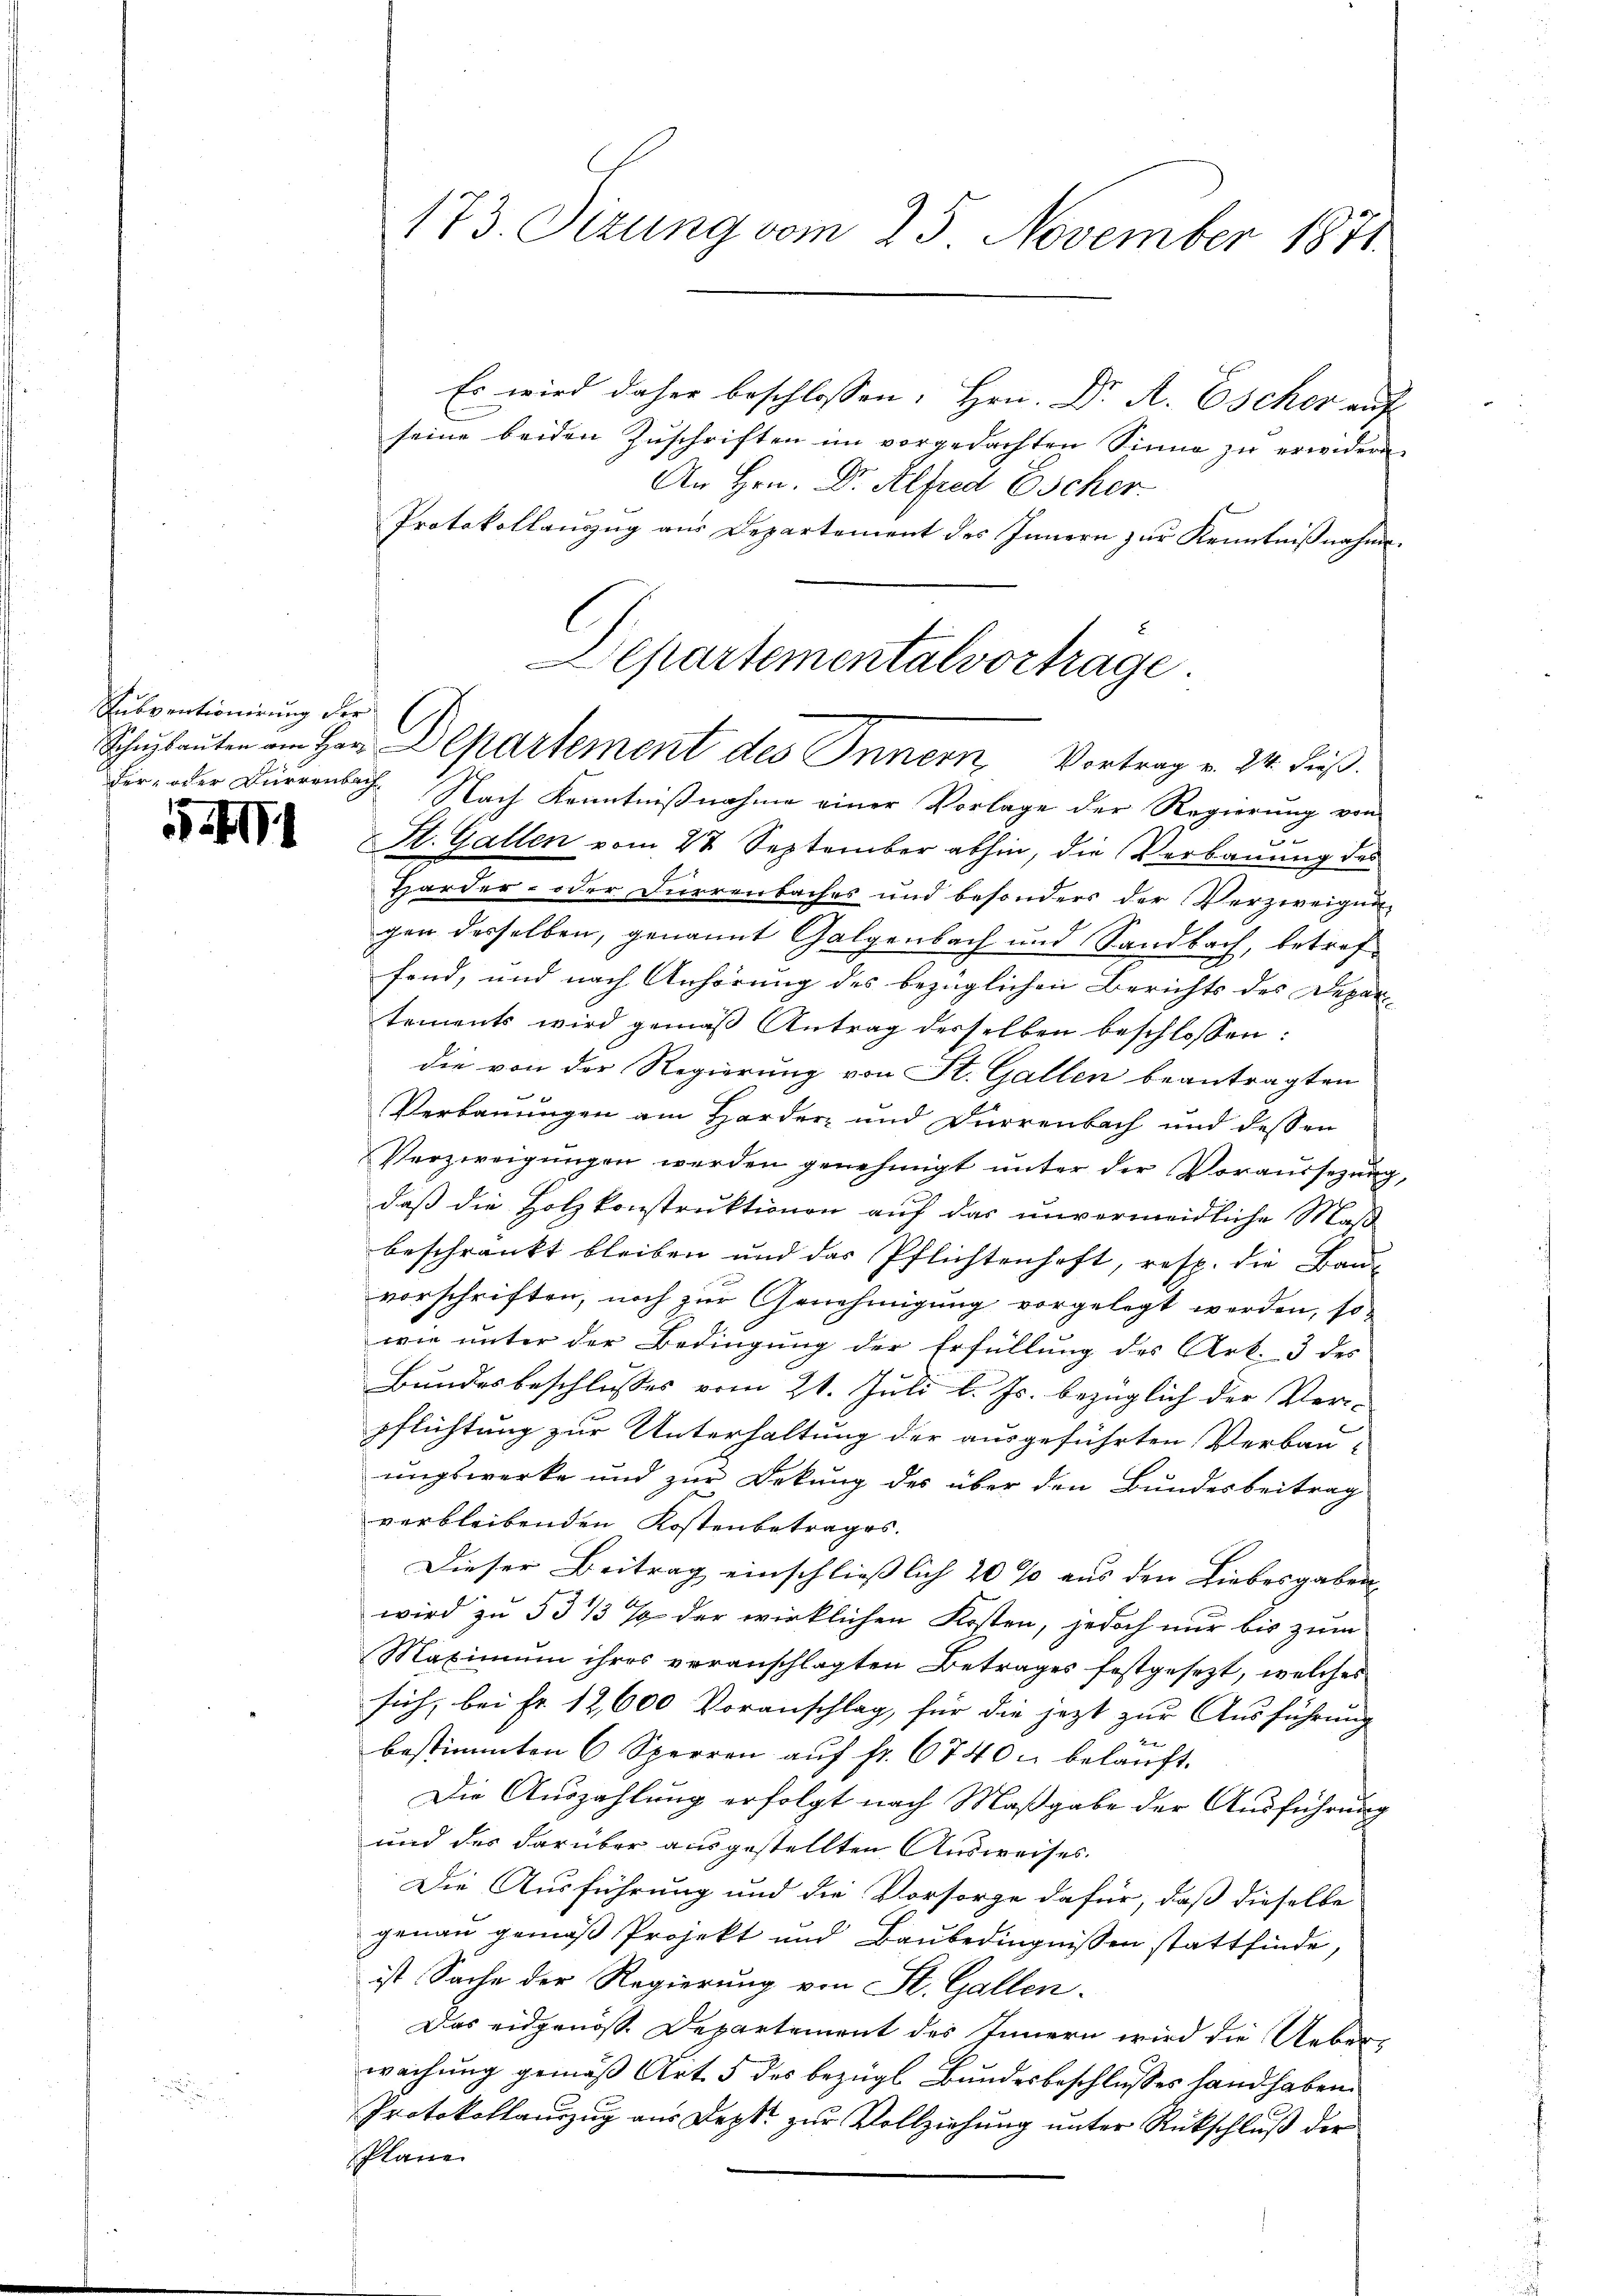
Subventionirung der

1

173. Sizung vom 25. November 1871

Es wird daher beschlossen: Hrn. Dr. A. Escher auf
seine beiden Zuschriften im vorgedachten Sinne zu erwidern.
An Hrn. Dr. Alfred Escher
Protokollauszug aus Departement des Innern zur Kenntnißnahme.
Der- oder Dürrenbach Nach Kenntnißnahme einer Vorlage der Regierung von
u
St. Gallen vom 27. September abhin, die Verbauung des
Harder- oder Durrenbaches und besonders der Verzweigen-
gen derselben, genannt Galgenbach und Sandbach, betreffand, und nach Anhörung des bezüglichen Berichts des Depar-
tements wird gemäß Antrag desselben beschlossen:
die von der Regierung von St. Gallen beantragten
Verbauungen am Harder- und Dürrenbach und dessen
Verzweigungen werden genehmigt unter der Voraussezung,
daß die Holzkonstruktionen auf das unvermeidliche Maß
beschränkt bleiben und das Pflichtenhaft, resp. die Bau-
vorschriften, noch zur Genehmigung vorgelegt werden, so-
wie unter der Bedingung der Erfüllung des Art. 3 des
Bundesbeschlusses vom 21. Juli l. Js. bezüglich der Ver-
pflichtung zur Unterhaltung der ausgeführten Verbau-
ungswerke und zur Bekung des über den Bundesbeitrag
verbleibenden Kostenbetrages.
Dieser Beitrag einschliesslich 20 % aus den Liebesgaben
wird zu 53/3 % der wirklichen Kosten, jedoch nur bis zum
Maximum ihres veranschlagten Betrages festgesezt, welches
sich, bei Fr. 12,600 Voranschlag, für die jezt zur Ausführung
bestimmten 6 Sperren auf fr. 6740 u beläuft.
Die Auszahlung erfolgt nach Maßgabe der Ausführung
und des darüber ausgestellten Ausweises.
Die Ausführung und die Vorsorge dafür, daß dieselbe
genau gemäß Projekt und Baŭbedingnissen stattfinde,
ist Sache der Regierung von St. Gallen.
Das eidgenosse Departement des Innern wird die Ueberwachung gemäß Art. 5 des bezügl. Bundesbeschlusses hand haben.
Protokollauszug aus Deptt zur Vollziehung unter Rückschluß der
Plane

Departementalvortrage.
Schŭlauten am Herr Departement des Innern Vortrag v. 24. dieß.